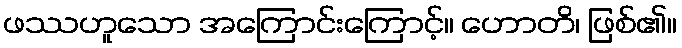
ဖဿဟူသော အကြောင်းကြောင့်။ ဟောတိ၊ ဖြစ်၏။